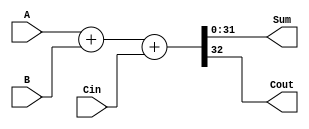
module ADD32(
	input[31:0]A,
	input[31:0]B,
	input Cin,
	output[31:0]Sum,
	output Cout
);
assign {Cout,Sum} = A + B + Cin;
endmodule